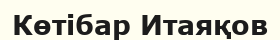
Көтібар Итаяқов